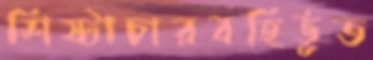
শিষ্টাচারবহির্ভূত